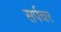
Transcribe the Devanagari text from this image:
सर्पचर